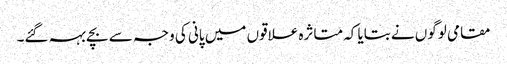
مقامی لوگوں نے بتایا کہ متاثرہ علاقوں میں پانی کی وجہ سے بچے بہہ گئے۔